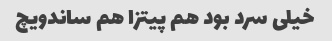
خیلی سرد بود هم پیتزا هم ساندویچ